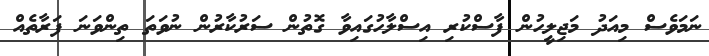
ނަމަވެސް މިއަދު މަޖިލީހުން ފާސްކުރި އިސްލާހުގައިވާ ގޮތުން ސަރުކާރުން ނުވަތަ ތިންވަނަ ފަރާތެއް